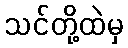
သင်တို့ထဲမှ